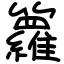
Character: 籮